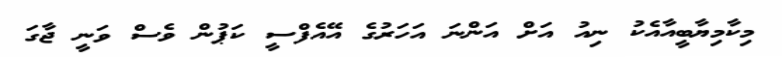
މިކާމިޔާބީއާއެކު ނިއު އަށް އަންނަ އަހަރުގެ އޭއެފްސީ ކަޕުން ވެސް ވަނީ ޖާގަ